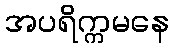
အပရိက္ကမနေ